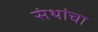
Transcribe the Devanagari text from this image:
संथांचा